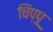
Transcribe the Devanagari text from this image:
चिंप्पू